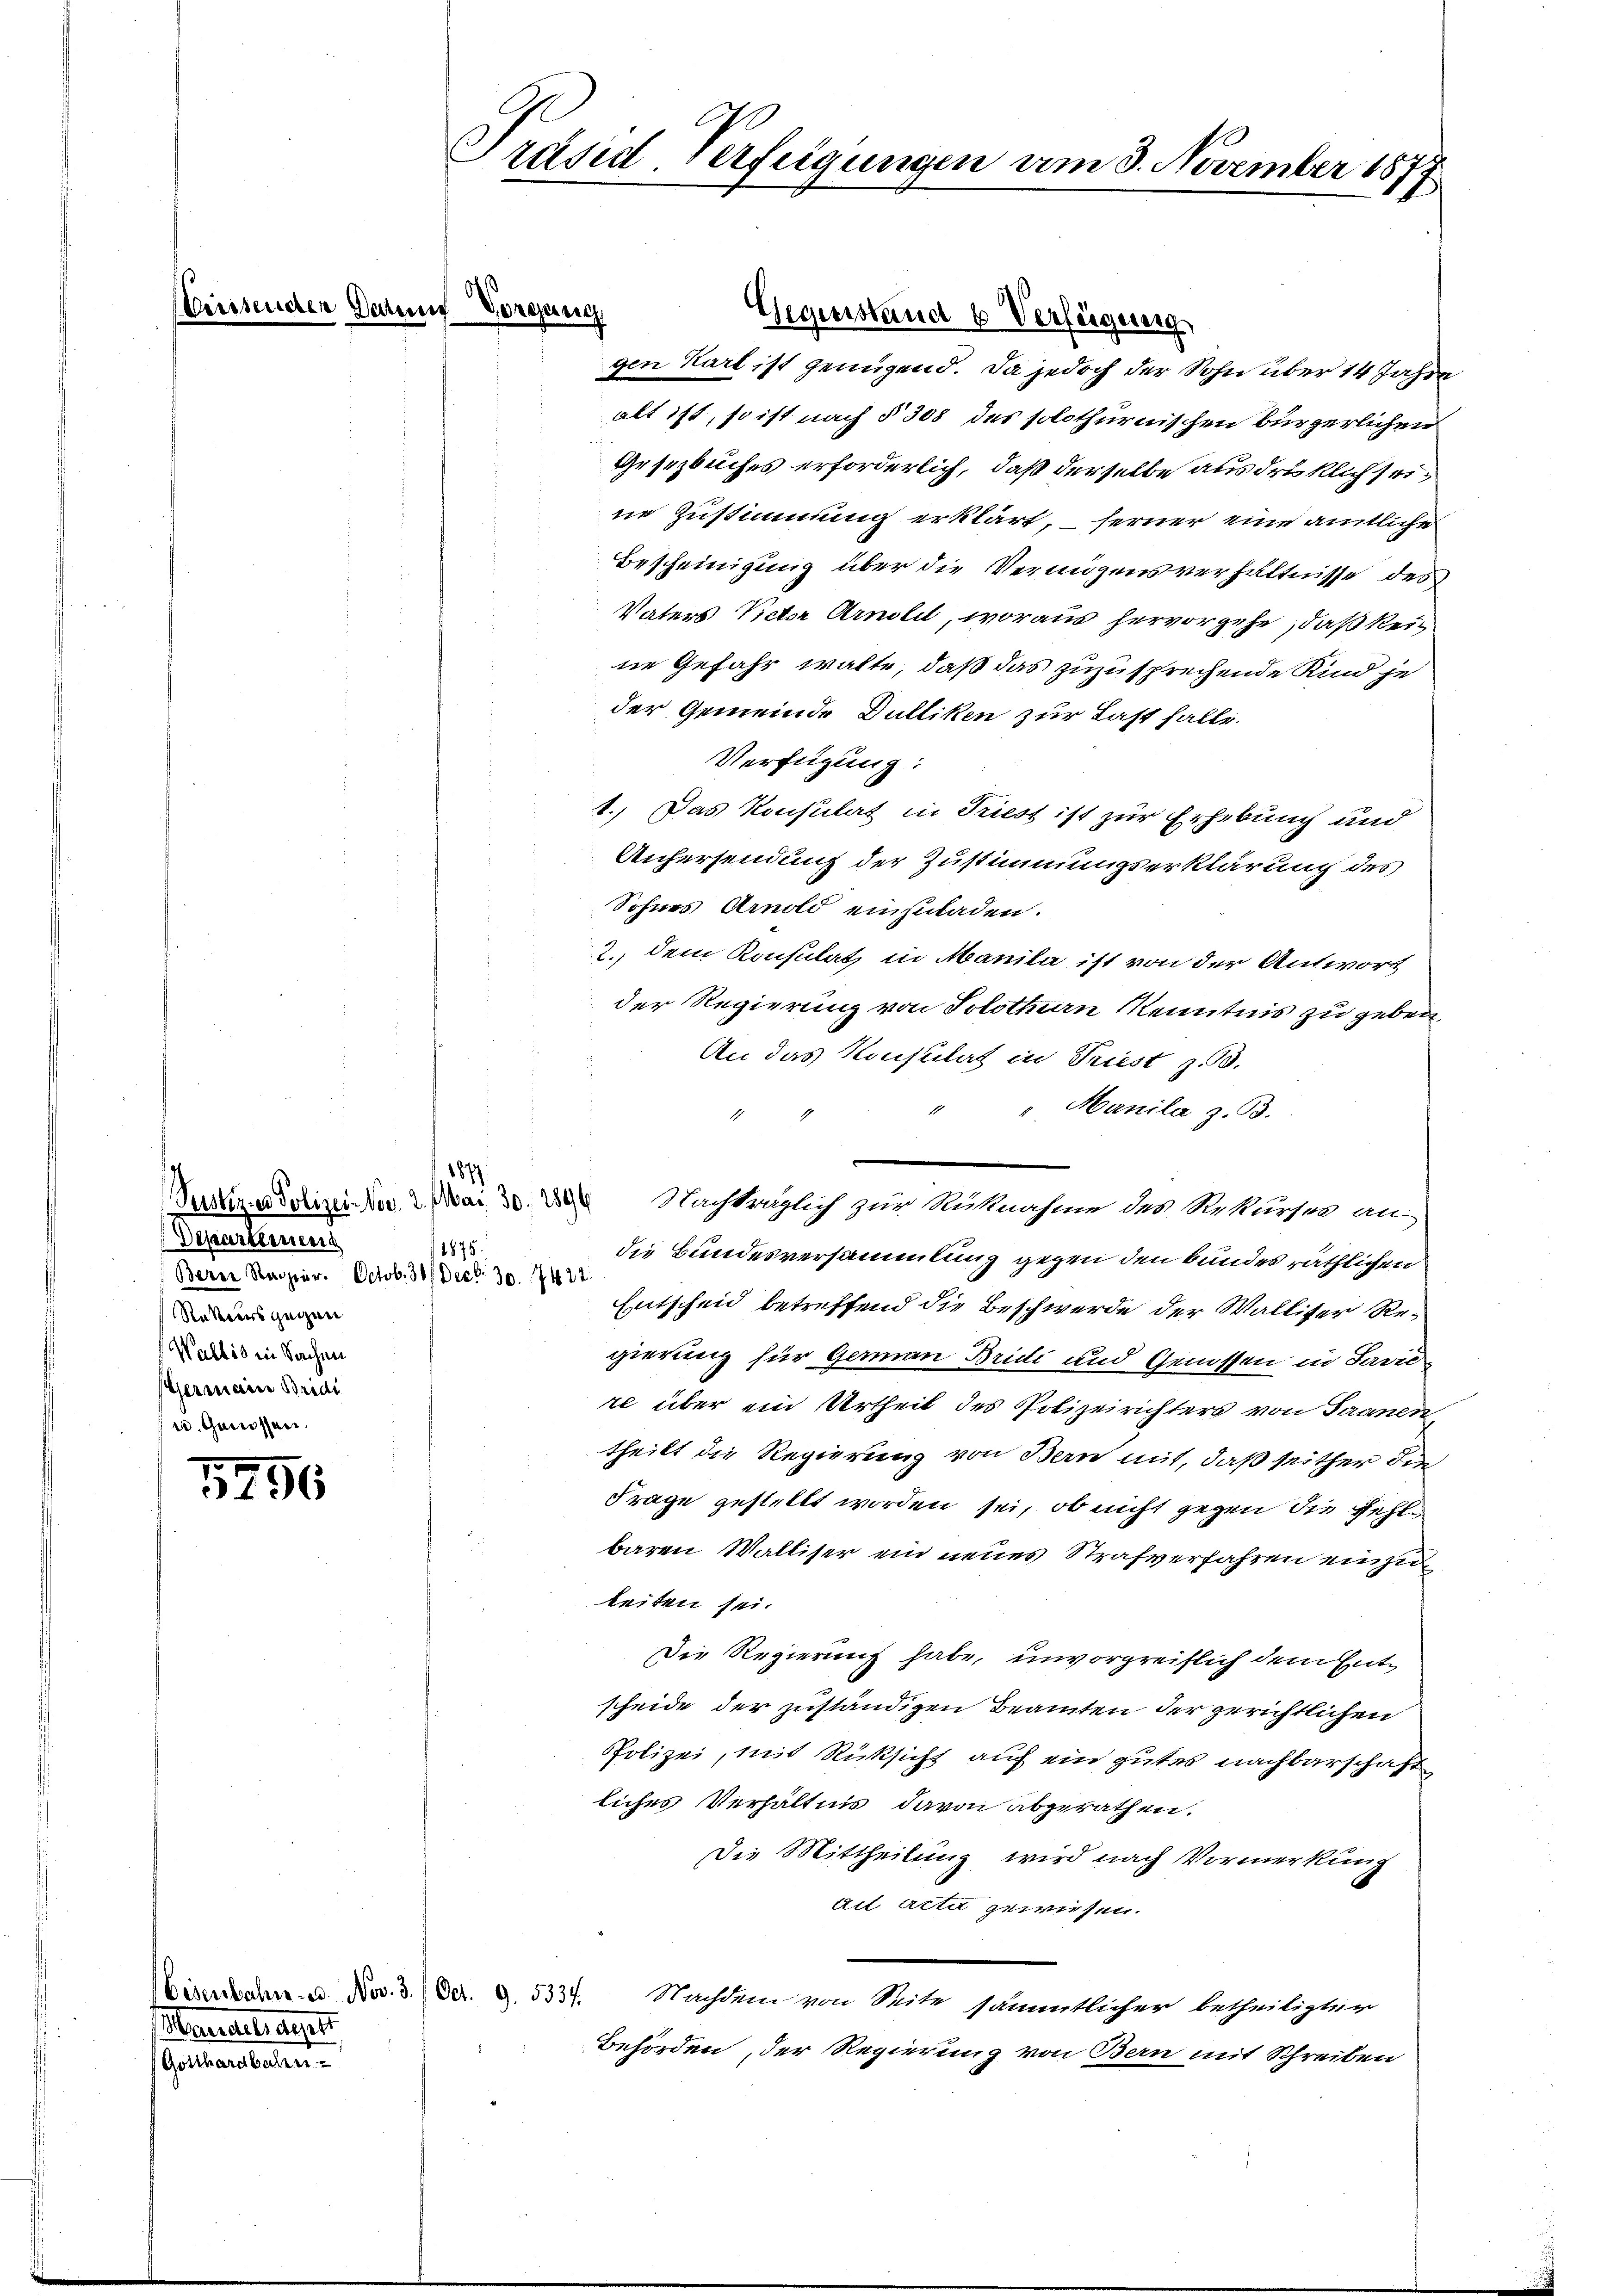
Departennens
Berne Stadier. Octob. 30. Decbr. 30. 7422.
Retters gegen
Wallis in Sachen
PGermain Bridi
(u. Genossen.

1796

iter die eigel.
Gotthardbahn

Venseuchen Datum Vorgang

Präsid-Verfügungen am 3. November 1877

gen Karl ist genügend. Da jedoch der Sohn über 14 Jahre
alt ist, so ist nach § 308 des solothurnischen bürgerlichen
Gesetzbuches erforderlich, daß derselbe ausdrüklich sei,
ne Zustimmung erklärt, ferner eine amtliche
Bescheinigung über die Vermögensverhältnisse des
Vaters Victor Arnoleil, woraus hervorgehe, daß keine Gefahr walte, daß das zuzusprechende Kind je
der Gemeinde Dulliken zur Last falle.
Verfügung:
1.) Das Konsulat in Triest ist zur Erhebung und
Anhersendung der Zustimmungserklärung des
Sohnes Arnold einzuladen.
2. dem Konsulat in Manila ist von der Antwort
der Regierung von Solothurn Kenntnis zu geben.
An das Konsulat in Triest z.
" " Manila z. B.
e
1875.
die Bundesversammlung gegen den Bundes räthlichen
Entscheid betreffend die Beschwerde der Walliser Re-
gierung für Germann Bridi und Genossen in Savi
re über ein Urtheil des Polizeirichters von Saanen,
theilt die Regierung von Bern mit, daß seither die
Frage gestellt worden sei, ob nicht gegen die Fehle
baren Walliser ein neues Strafverfahren einzuleiten sei.
Die Regierung habe, unvorgreiflich dem Entscheide der zuständigen Beamten der gerichtlichen
Polizei, mit Rücksicht auf ein gutes nachbarschaft
liches Verhältnis davon abgerathen.
Die Mittheilung wird nach Vormerkung
Act Acta gewiesen.
Wisenbahn u. Nov. 3.) Der. 9. 5337. Nachdem von Seite sämmtlicher betheiligter
Behörden, der Regierung von Bern mit Schreiben

187

Justina Polizei No. 2. Mai 30. 20 Nachträglich zur Rücknahme des Rekursee an

Gegenstand 6 Verfeigung